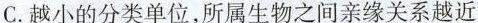
C.越小的分类单位，所属生物之间亲缘关系越近